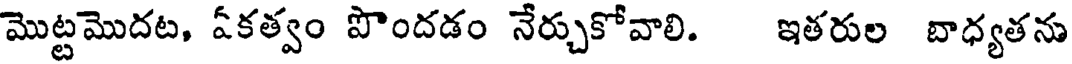
మొట్టమొదట, ఏకత్వం పొందడం నేర్చుకోవాలి. ఇతరుల బాధ్యతను